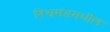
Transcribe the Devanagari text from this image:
रिचमंडमधील